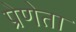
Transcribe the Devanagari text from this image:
प्रेणेता